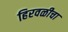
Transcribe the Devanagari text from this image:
हिरवळीचा